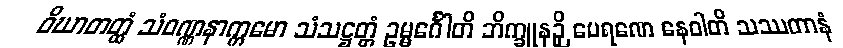
ဝိဃာတတ္ထံ သံဝဏ္ဏနာက္ကမော သံသဋ္ဌတ္တံ ဥမ္မင်္ဂေါတိ ဘိက္ခူနဉှိ ပေရဏေ နေဝါတိ သဿတာနံ